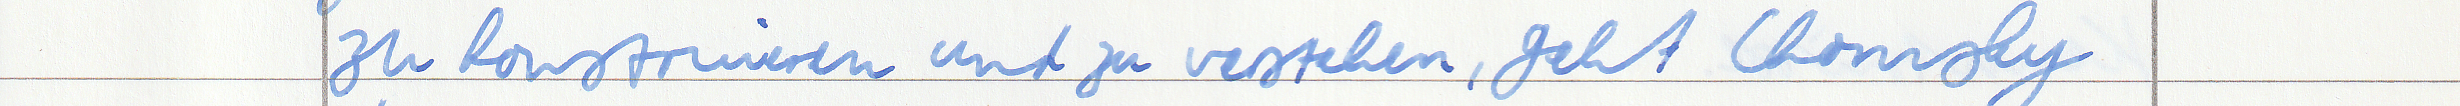
zu konstruieren und zu verstehen, geht Chomsky